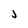
Character: j